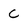
Character: c